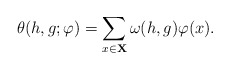
\begin{align*} \theta(h,g;\varphi) = \sum_{x\in{\mathbf X}} \omega(h,g)\varphi(x).\end{align*}